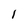
Character: 1